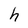
Character: h